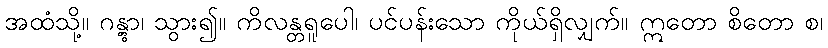
အထံသို့။ ဂန္တွာ၊ သွား၍။ ကိလန္တရူပေါ၊ ပင်ပန်းသော ကိုယ်ရှိလျှက်။ ဣတော စိတော စ၊